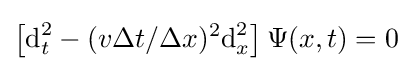
\left[{\text{d}}_{t}^{2}-(v\Delta t/\Delta x)^{2}{\text{d}}_{x}^{2}\right]\Psi (x,t)=0